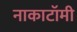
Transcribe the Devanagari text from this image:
नाकाटॉमी